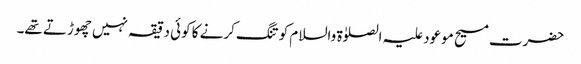
حضرت مسیح موعود علیہ الصلوٰۃ والسلام کو تنگ کرنے کا کوئی دقیقہ نہیں چھوڑتے تھے۔